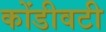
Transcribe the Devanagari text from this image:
कोंडीवटी